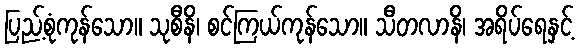
ပြည့်စုံကုန်သော။ သုစီနိ၊ စင်ကြယ်ကုန်သော။ သီတလာနိ၊ အရိပ်ရေနှင့်